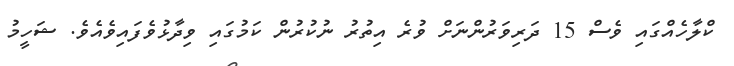
ކްލާހެއްގައި ވެސް 15 ދަރިވަރުންނަށް ވުރެ އިތުރު ނުކުރުން ކަމުގައި ވިދާޅުވެފައިވެއެވެ. ޝަހީމު